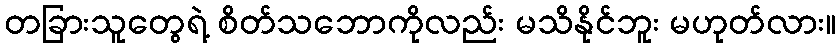
တခြားသူတွေရဲ့ စိတ်သဘောကိုလည်း မသိနိုင်ဘူး မဟုတ်လား။